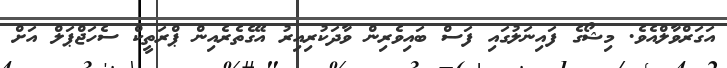
އަގަރްވާލްއެވެ. މިޝޯގެ ފައިނަލުގައި ފަސް ބައިވެރިން ވާދަކުރިއިރު އޭގެތެރެއިން ޕްރަތީކް ސެހަޖްޕަލް އަށް